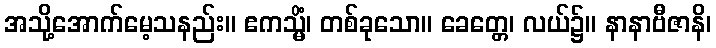
အသို့အောက်မေ့သနည်း။ ဧကသ္မိံ၊ တစ်ခုသော။ ခေတ္တေ၊ လယ်၌။ နာနာဗီဇာနိ၊